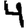
Digit: 4